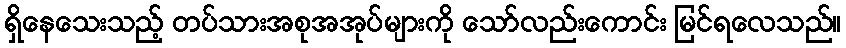
ရှိနေသေးသည့် တပ်သားအစုအအုပ်များကို သော်လည်းကောင်း မြင်ရလေသည်။